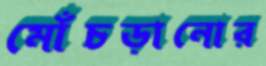
মোঁচড়ানোর